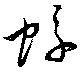
蜉